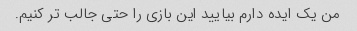
من یک ایده دارم بیایید این بازی را حتی جالب تر کنیم.